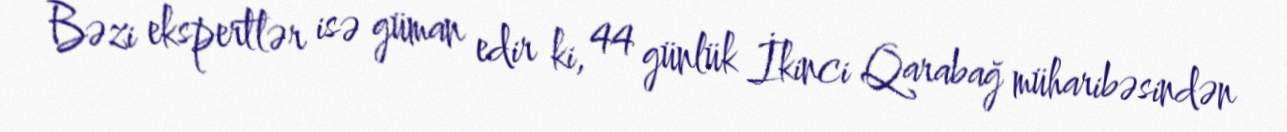
Bəzi ekspertlər isə güman edir ki, 44 günlük İkinci Qarabağ müharibəsindən